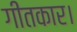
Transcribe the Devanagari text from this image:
गीतकार।